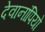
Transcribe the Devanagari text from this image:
देवानांपियो